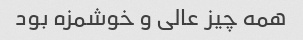
همه چیز عالی و خوشمزه بود